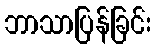
ဘာသာပြန်ခြင်း